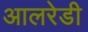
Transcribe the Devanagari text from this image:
आलरेडी